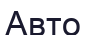
Авто